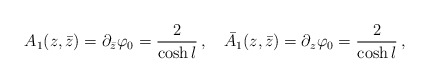
\begin{align*}A_1(z,\bar{z})=\partial_{\bar{z}}\varphi_0=\frac{2}{\cosh{l}}\,,\quad\bar{A}_1(z,\bar{z})=\partial_{z}\varphi_0=\frac{2}{\cosh{l}}\,,\end{align*}